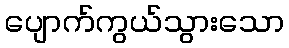
ပျောက်ကွယ်သွားသော